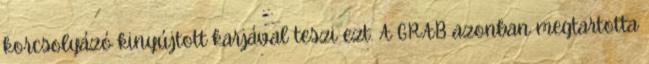
korcsolyázó kinyújtott karjával teszi ezt. A GRAB azonban megtartotta